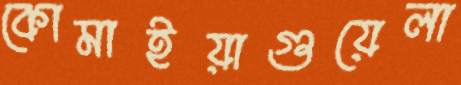
কোমাইয়াগুয়েলা